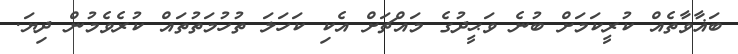
ބަޣާވާތެއް ކުރީކަމަށް ބުނެ ވަޙީދުގެ މައްޗަށް އެކި ކަހަލަ ތުހުމަތުތައް ކުރެވެމުން ދިޔަ.